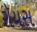
રૉયસ